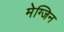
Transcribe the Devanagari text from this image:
मेग्जिन